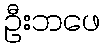
ဦးဘဖေ